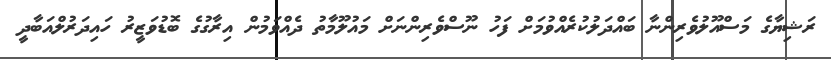
ރަޝިޔާގެ މަސްއޫލުވެރިންނާ ބައްދަލުކުރެއްވުމަށް ފަހު ނޫސްވެރިންނަށް މައުލޫމާތު ދެއްވަމުން އިރާގުގެ ބޮޑުވަޒީރު ހައިދަރުލްއަބާދީ